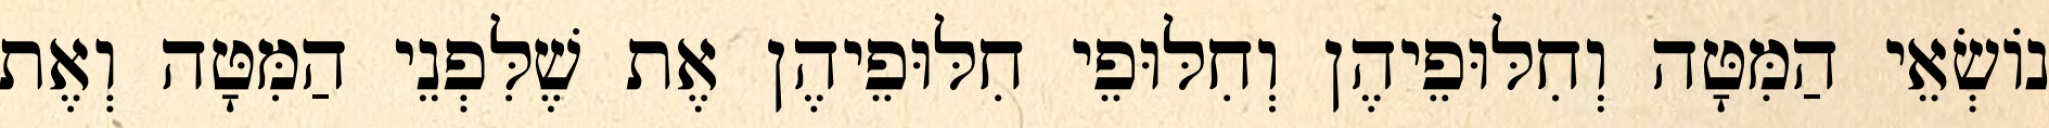
נוֹשְׂאֵי הַמִּטָּה וְחִלּוּפֵיהֶן וְחִלּוּפֵי חִלּוּפֵיהֶן אֶת שֶׁלִּפְנֵי הַמִּטָּה וְאֶת